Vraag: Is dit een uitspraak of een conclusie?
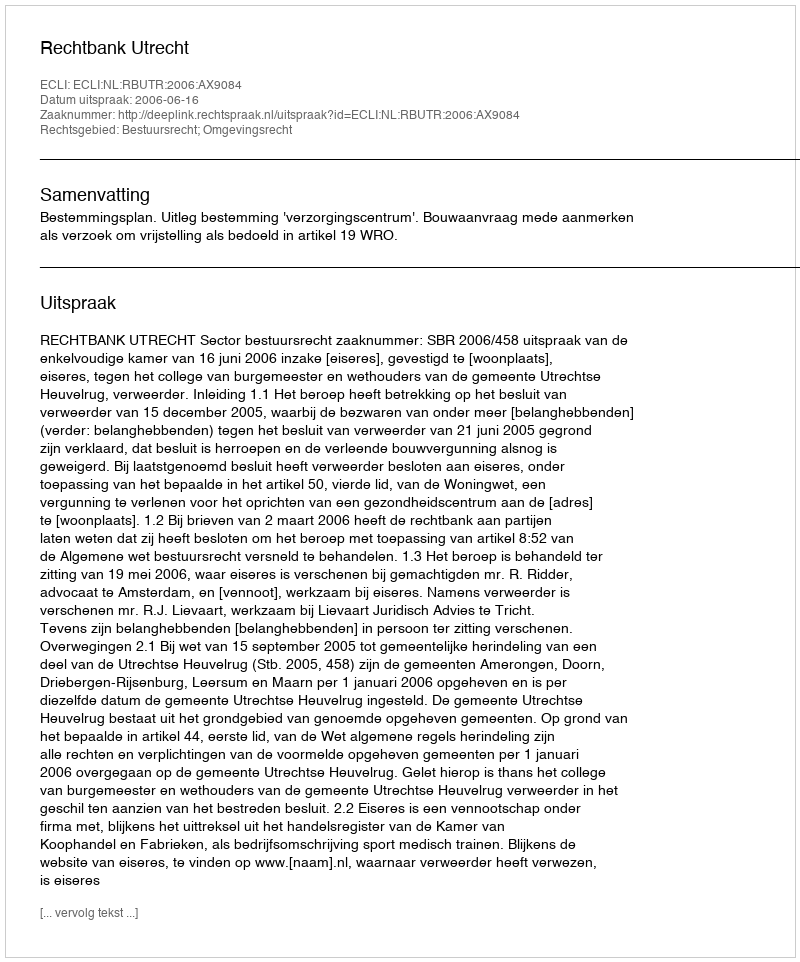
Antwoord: Uitspraak